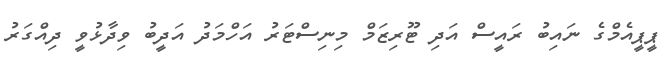
ޕީޕީއެމްގެ ނައިބު ރައީސް އަދި ޓޫރިޒަމް މިނިސްޓަރު އަހްމަދު އަދީބު ވިދާޅުވީ ދިއްގަރު